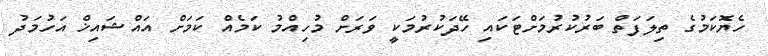
ހެޔޮކަމުގެ ތިލަފަތް ބަރުކުރުމަށްޓަކައި ހޭދަކުރުމަކީ ވަރަށް މުހިއްމު ކަމެއް ކަމަށް އައްޝައިޚް އަހުމަދު